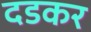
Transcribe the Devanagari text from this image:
दडकर